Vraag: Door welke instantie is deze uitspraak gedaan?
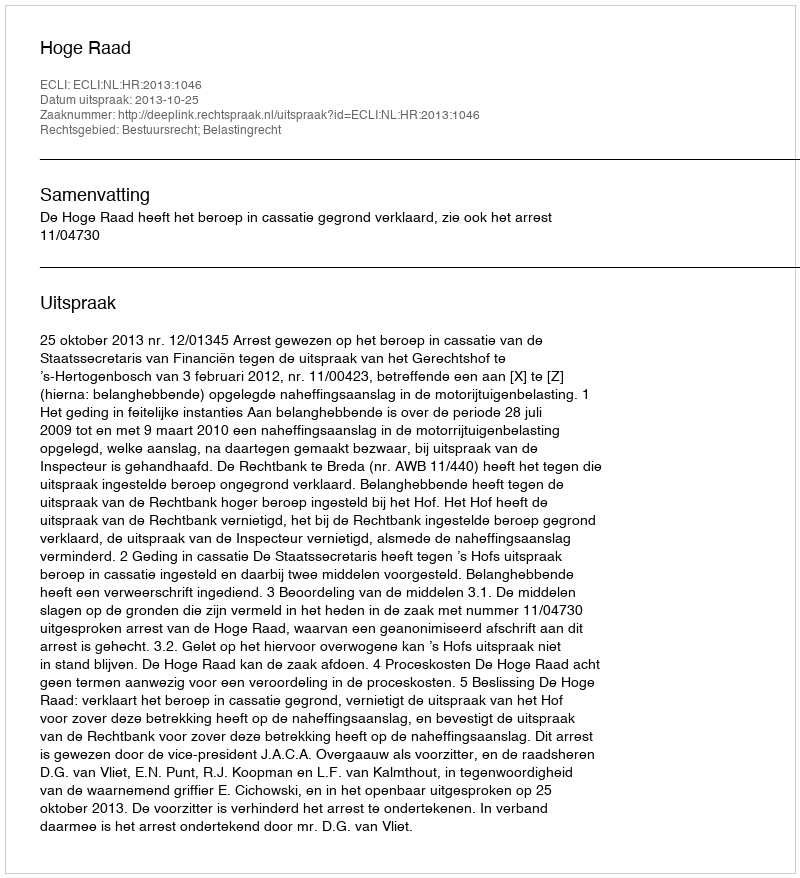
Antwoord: Hoge Raad